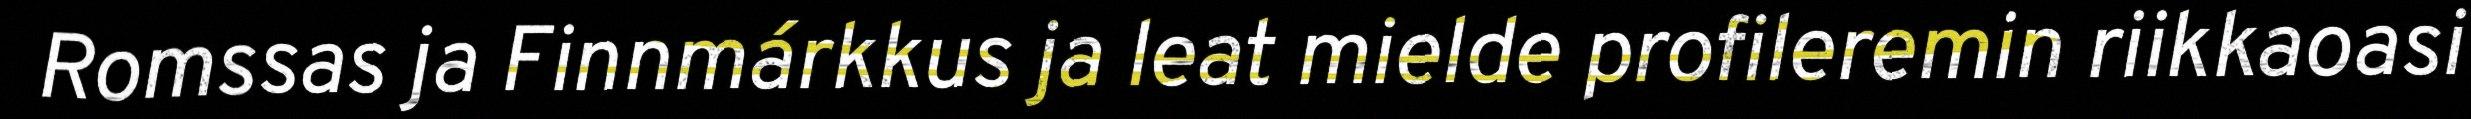
Romssas ja Finnmárkkus ja leat mielde profileremin riikkaoasi